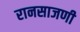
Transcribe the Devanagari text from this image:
रानसाजणी